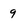
Character: 9